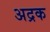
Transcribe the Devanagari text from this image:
अद्रक